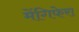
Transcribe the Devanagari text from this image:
मेंगिफेरा